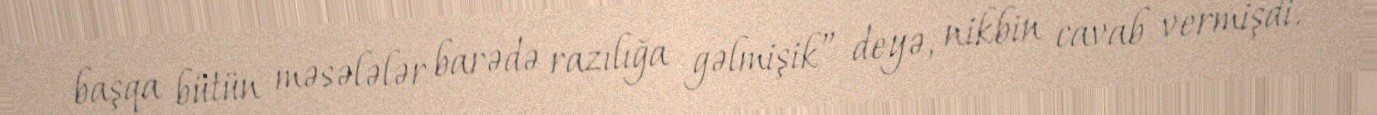
başqa bütün məsələlər barədə razılığa gəlmişik” deyə, nikbin cavab vermişdi.